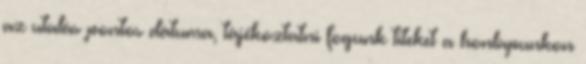
az utalás pontos dátuma, tájékoztatni fogunk titeket a honlapunkon